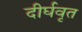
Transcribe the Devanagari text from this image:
दीर्घवृत